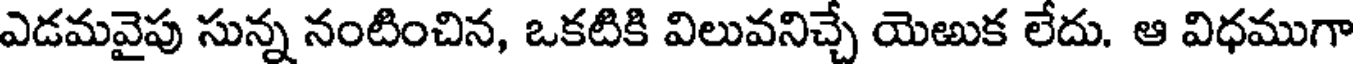
ఎడమవైపు సున్న నంటించిన, ఒకటికి విలువనిచ్చే యెఱుక లేదు. ఆ విధముగా